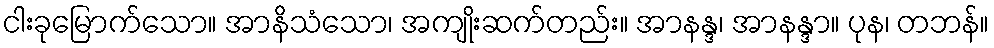
ငါးခုမြောက်သော။ အာနိသံသော၊ အကျိုးဆက်တည်း။ အာနန္ဒ၊ အာနန္ဒာ။ ပုန၊ တဘန်။